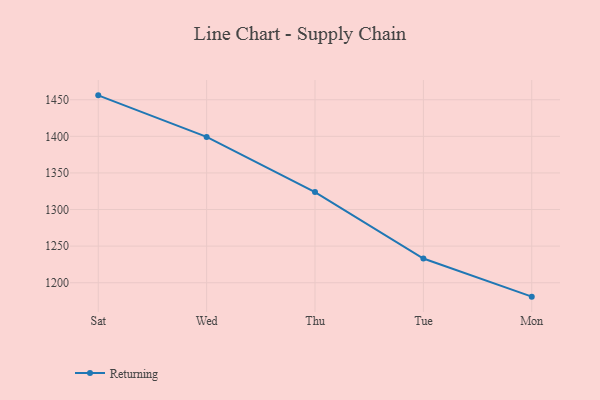
{"axis": {"x": "Day", "y": "Population (Million)"}, "legend": ["Returning"], "data": [{"x": "Sat", "y": 1456.0, "type": "Returning"}, {"x": "Wed", "y": 1399.2, "type": "Returning"}, {"x": "Thu", "y": 1323.9, "type": "Returning"}, {"x": "Tue", "y": 1233.1, "type": "Returning"}, {"x": "Mon", "y": 1181.0, "type": "Returning"}]}